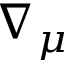
\nabla _ { \mu }